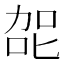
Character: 㖙